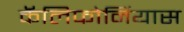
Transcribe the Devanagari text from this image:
कॅलिफोर्नियास